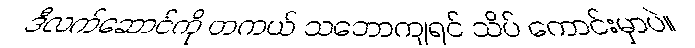
ဒီလက်ဆောင်ကို တကယ် သဘောကျရင် သိပ် ကောင်းမှာပဲ။